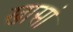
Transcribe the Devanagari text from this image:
खासां